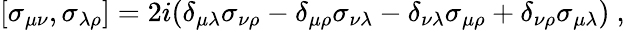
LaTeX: [\sigma_{\mu\nu},\sigma_{\lambda\rho}]=2i(\delta_{\mu\lambda}\sigma_{\nu\rho}-\delta_{\mu\rho}\sigma_{\nu\lambda}-\delta_{\nu\lambda}\sigma_{\mu\rho}+\delta_{\nu\rho}\sigma_{\mu\lambda})\ ,